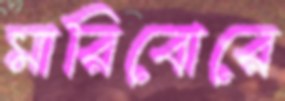
মারিবোরে